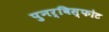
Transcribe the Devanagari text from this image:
पुनर्विस्फोट